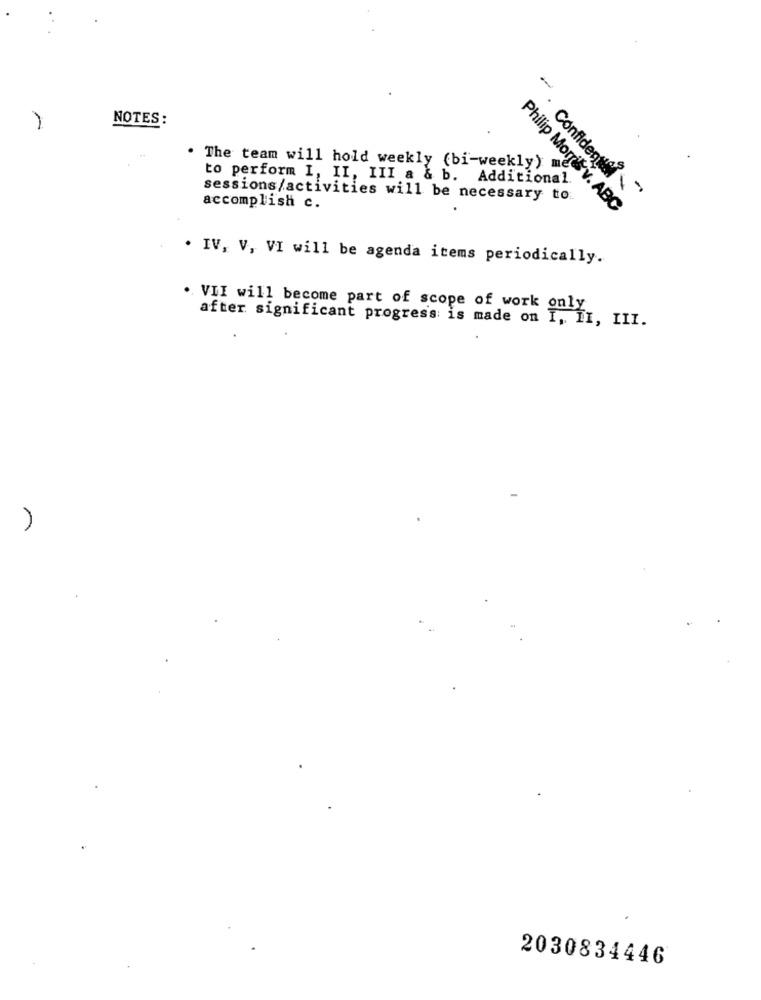
NOTES :
. The team will hold weekly (bi-weekly) me
to perform I, II, III a & b. Additional.
sessions/activities will be necessary to:
. Confident
accomplish c.
Philip Morris v. ABC
. IV, V, VI will be agenda items periodically.
.. VII will become part of scope of work
after significant progress is made on I, II
)
2030834446